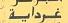
غرداية